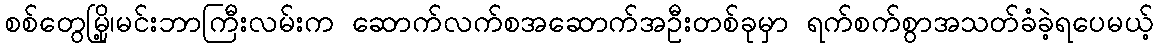
စစ်တွေမြို့၊မင်းဘာကြီးလမ်းက ဆောက်လက်စအဆောက်အဦးတစ်ခုမှာ ရက်စက်စွာအသတ်ခံခဲ့ရပေမယ့်